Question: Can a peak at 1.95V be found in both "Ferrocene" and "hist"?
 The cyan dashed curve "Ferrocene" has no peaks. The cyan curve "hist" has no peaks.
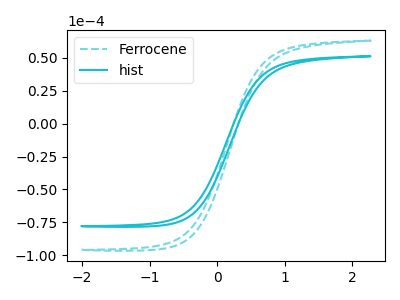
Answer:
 <answer>No, "Ferrocene" and "hist" dont share a peak at 1.95V.</answer>
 <eval>mismatch</eval>